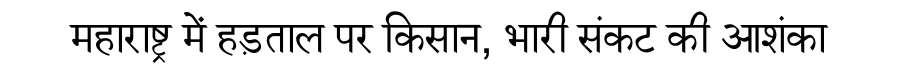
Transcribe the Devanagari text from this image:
महाराष्ट्र में हड़ताल पर किसान, भारी संकट की आशंका